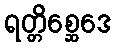
ရတ္တိစ္ဆေဒေ